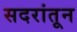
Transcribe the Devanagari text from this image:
सदरांतून